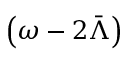
\left( \omega - 2 \bar { \Lambda } \right)